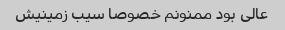
عالی بود ممنونم خصوصا سیب زمینیش